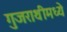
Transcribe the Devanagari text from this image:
गुजराथीमध्ये